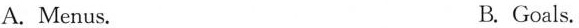
A. Menus. B. Goals.